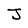
Character: J